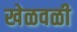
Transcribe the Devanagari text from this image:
खेळवळी